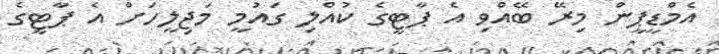
އެމްޑީޕީން މިރޭ ބޭއްވި އެ ޕާޓީގެ ކުއްލި ގައުމީ މަޖިލީހަށް އެ ޕާޓީގެ